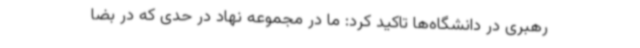
رهبری در دانشگاه‌ها تاکید کرد: ما در مجموعه نهاد در حدی که در بضا